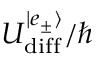
U _ { \mathrm { { d i f f } } } ^ { | e _ { \pm } \rangle } / \hbar